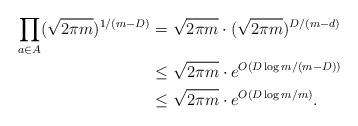
LaTeX: \begin{align*} \prod_{a\in A}(\sqrt{2\pi m})^{1/(m-D)} &= \sqrt{2\pi m}\cdot (\sqrt{2 \pi m})^{D/(m-d)}\\ &\leq \sqrt{2\pi m}\cdot e^{O(D\log{m}/(m-D))}\\ &\leq \sqrt{2\pi m}\cdot e^{O(D\log{m}/m)}.\end{align*}